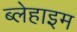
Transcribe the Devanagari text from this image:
ब्लेहाइम